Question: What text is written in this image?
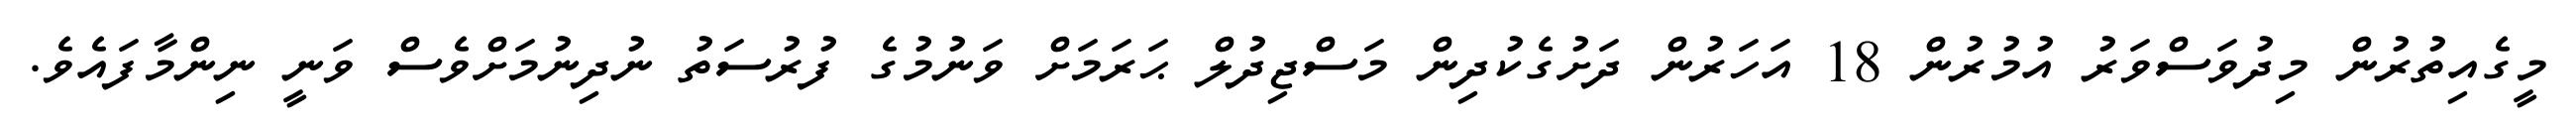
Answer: މީގެއިތުރުން މިދުވަސްވަރު އުމުރުން 18 އަހަރުން ދަށުގެކުދިން މަސްޖިދުލް ޙަރަމަށް ވަނުމުގެ ފުރުސަތު ނުދިނުމަށްވެސް ވަނީ ނިންމާފައެވެ.